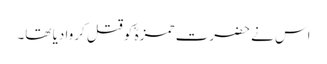
اس نے حضرت حمزہؓ کو قتل کروا دیا تھا۔